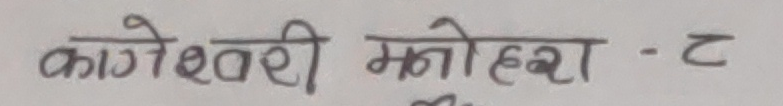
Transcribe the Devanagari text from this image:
कागेश्वरी मनोहरा - २